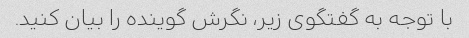
با توجه به گفتگوی زیر، نگرش گوینده را بیان کنید.